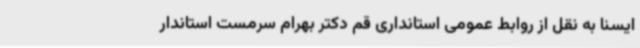
ایسنا به نقل از روابط عمومی استانداری قم دکتر بهرام سرمست استاندار